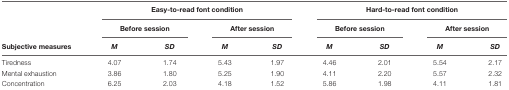
|  | <COLSPAN=4> Easy-to-read font condition | <COLSPAN=4> Hard-to-read font condition |
 |  | <COLSPAN=2> Before session | <COLSPAN=2> After session | <COLSPAN=2> Before session | <COLSPAN=2> After session |
 | Subjective measures | M | SD | M | SD | M | SD | M | SD |
 | --- | --- | --- | --- | --- | --- | --- | --- | --- |
 | Tiredness | 4.07 | 1.74 | 5.43 | 1.97 | 4.46 | 2.01 | 5.54 | 2.17 |
 | Mental exhaustion | 3.86 | 1.80 | 5.25 | 1.90 | 4.11 | 2.20 | 5.57 | 2.32 |
 | Concentration | 6.25 | 2.03 | 4.18 | 1.52 | 5.86 | 1.98 | 4.11 | 1.81 |